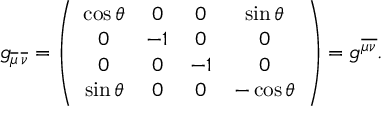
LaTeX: g _ { \overline { { { \mu } } } \, \overline { { { \nu } } } } = \left( \begin{array} { c c c c } { { \cos \theta } } & { { 0 } } & { { 0 } } & { { \sin \theta } } \\ { { 0 } } & { { - 1 } } & { { 0 } } & { { 0 } } \\ { { 0 } } & { { 0 } } & { { - 1 } } & { { 0 } } \\ { { \sin \theta } } & { { 0 } } & { { 0 } } & { { - \cos \theta } } \end{array} \right) = g ^ { \overline { { { \mu \nu } } } } .